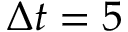
\Delta t = 5